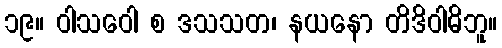
၁၉။ ဝါသဝေါ စ ဒသသတ၊ နယနော တိဒိဝါဓိဘူ။